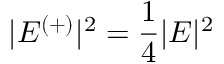
| E ^ { ( + ) } | ^ { 2 } = \frac { 1 } { 4 } | E | ^ { 2 }